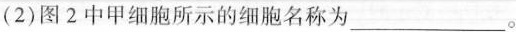
(2)图2中甲细胞所示的细胞名称为___。